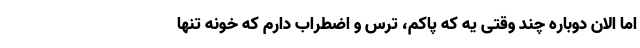
اما الان دوباره چند وقتی یه که پاکم، ترس و اضطراب دارم که خونه تنها